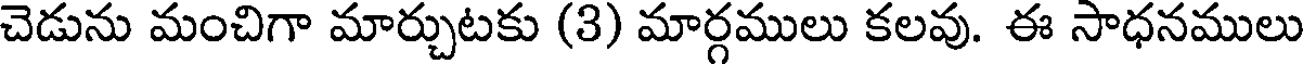
చెడును మంచిగా మార్చుటకు (3) మార్గములు కలవు. ఈ సాధనములు